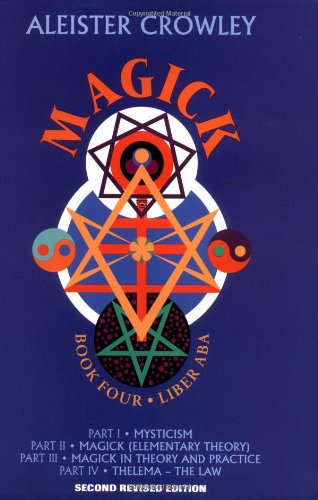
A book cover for Magick: Liber ABA, Book 4; Aleister Crowley; Religion & Spirituality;